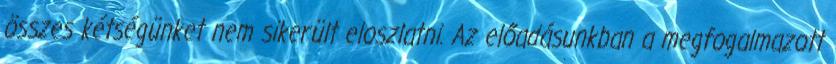
összes kétségünket nem sikerült eloszlatni. Az előadásunkban a megfogalmazott